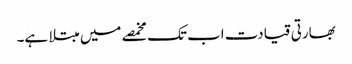
بھارتی قیادت اب تک مخمصے میں مبتلا ہے۔